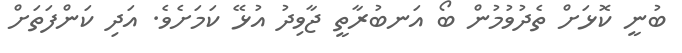
ބުނީ ކޮޅަށް ތެދުވުމުން ބޯ އަނބުރާތީ ޖާވިދު އުޅޭ ކަމަށެވެ. އަދި ކަންފަތަށް